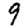
Digit: 9